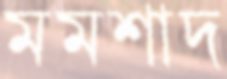
মমশাদ